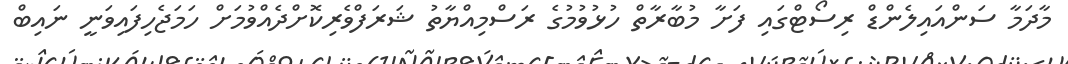
މާދަމާ ސަންއައިލެންޑް ރިސޯޓްގައި ފަށާ މުބާރާތް ހުޅުވުމުގެ ރަސްމިއްޔާތު ޝަރަފްވެރިކޮށްދެއްވުމަށް ހަމަޖެހިފައިވަނީ ނައިބް